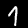
Digit: 1